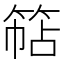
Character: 𮅠